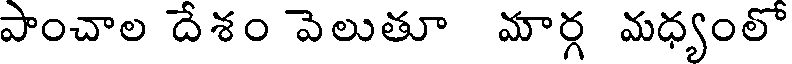
పాంచాల దేశం వెలుతూ మార్గ మధ్యంలో